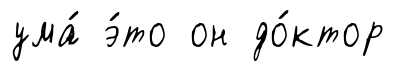
ума́ э́то он до́ктор